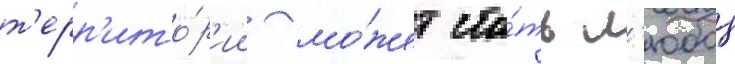
т'ерр'ито́р'ии мо́жет ста́ть л'юбои